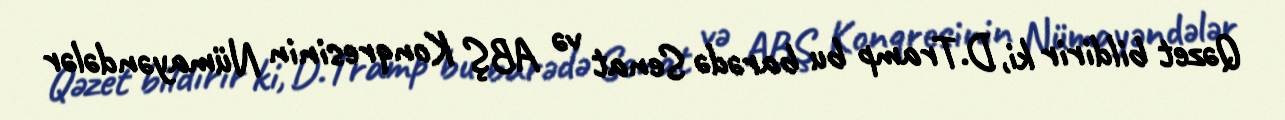
Qəzet bildirir ki, D.Tramp bu barədə Senat və ABŞ Konqresinin Nümayəndələr